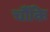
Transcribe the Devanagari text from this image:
चौंकि